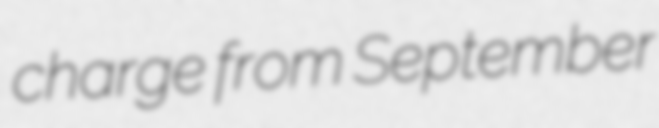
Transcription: charge from September